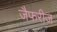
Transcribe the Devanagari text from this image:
जैफरीज